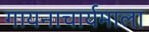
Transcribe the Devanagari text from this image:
गायनाचार्यमाला